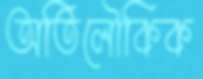
অতিলৌকিক